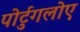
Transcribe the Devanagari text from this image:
पोर्टुगलोए